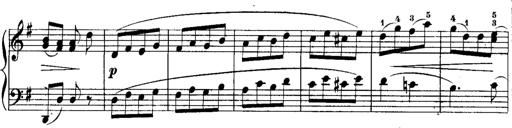
Title: Rondos and Sonatinas for Pianoforte
Composer: Daniel Steibelt